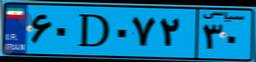
۸۰D۹۵۹۸۲